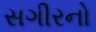
સગીરનો